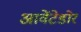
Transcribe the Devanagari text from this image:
आवेंटेडोर